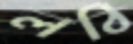
লঠি